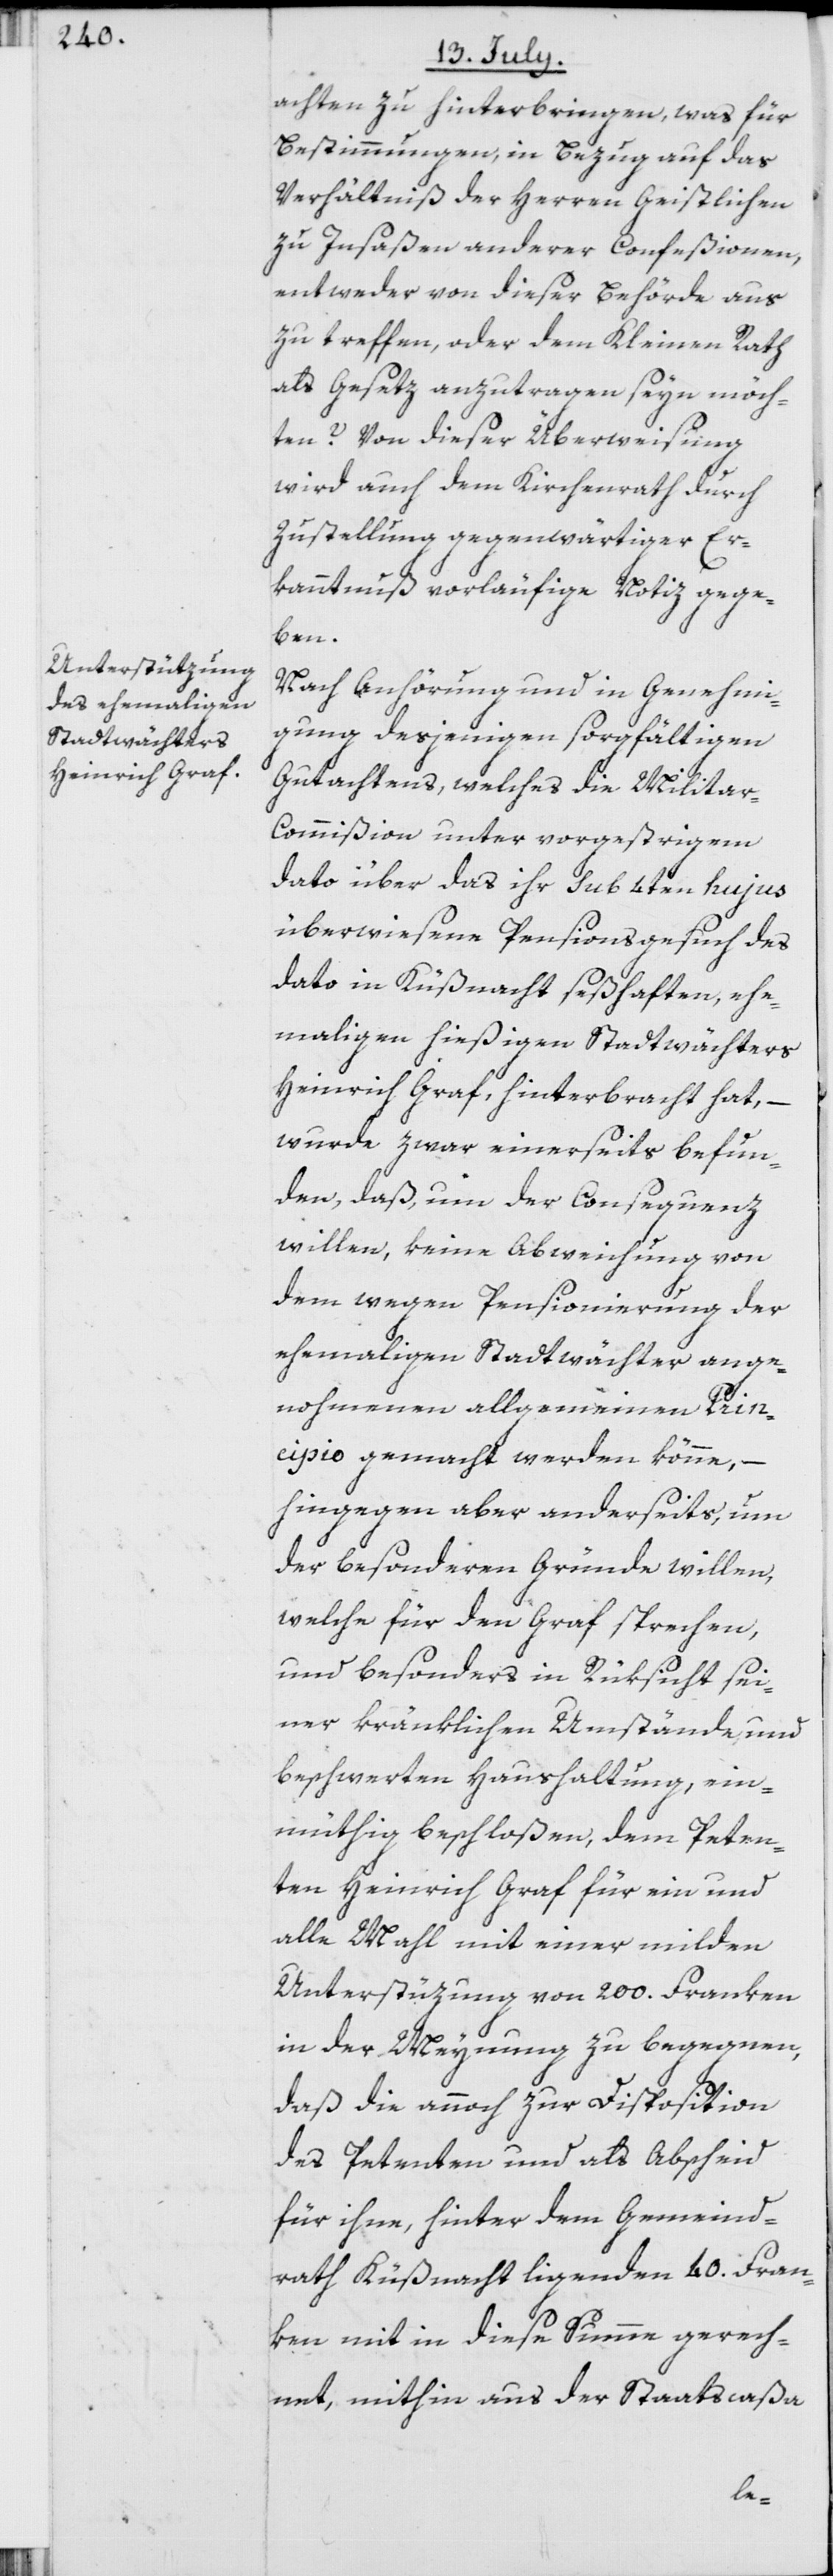
achten zu hinterbringen, was für
Bestimmungen, in Bezug auf das
Verhältniß der Herren Geistlichen
zu Insaßen anderer Confeßionen,
entweder von dieser Behörde aus
zu treffen, oder dem Kleinen Rath
als Gesetz anzutragen seyn möch¬
ten? Von dieser Überweisung
wird auch dem Kirchenrath durch
Zustellung gegenwärtiger Er¬
kanntnuß vorläufige Notiz gege¬
ben.
Nach Anhörung und in Genehmi¬
gung desjenigen sorgfältigen
Gutachtens, welches die Militar-C¬
ommißion unter vorgestrigem
dato über das ihr sub 4ten hujus
überwiesene Pensionsgesuch des
dato in Küßnacht seßhaften, ehe¬
maligen hießigen Stadtwächters
Heinrich Graf, hinterbracht hat, –
wurde zwar einerseits befun¬
den, daß um der Consequenz
willen, keine Abweichung von
dem wegen Pensionierung der
ehemaligen Stadtwächter ange¬
nohmenen allgemeinen Prin¬
cipio gemacht werden könne, –
hingegen aber anderseits, um
der besonderen Gründe willen,
welche für den Graf sprechen,
und besonders in Rüksicht sei¬
ner kränklichen Umstände, und
beschwerten Haushaltung, ein¬
müthig beschloßen, dem Peten¬
ten Heinrich Graf für ein und
alle Mahl mit einer milden
Unterstüzung von 200. Franken
in der Meynung zu begegnen,
daß die annoch zur Disposition
des Petenten und als Abscheid
für ihne, hinter dem Gemeind¬
rath Küßnacht ligenden 40. Fran¬
ken mit in diese Summe gerech¬
net, mithin aus der Staatscaßa
le-